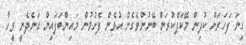
ގިނަ ފަހަރަށް ކުދިން މޭކަޕްކުރަން ބޭނުންވެގެން އުޅެން ފެށުމުން މައިންބަފައިން ގަނެދެނީ ވީހާ